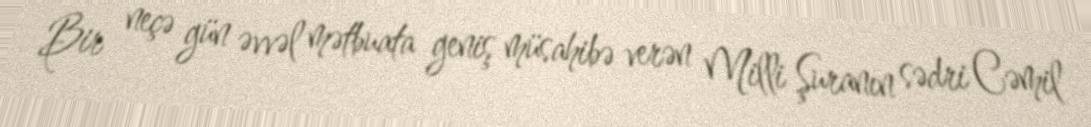
Bir neçə gün əvvəl mətbuata geniş müsahibə verən Milli Şuranın sədri Cəmil